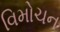
વિમોચન